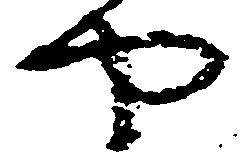
や